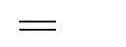
=